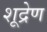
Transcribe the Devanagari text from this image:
शूद्रेण